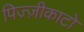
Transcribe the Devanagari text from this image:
पिज्ज़ीकाटो